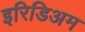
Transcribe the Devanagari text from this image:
इरिडिअम